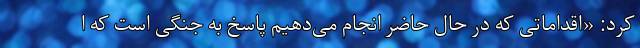
کرد: «اقداماتی که در حال حاضر انجام می‌دهیم پاسخ به جنگی است که ا